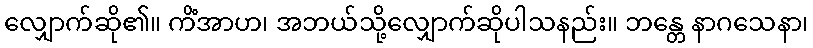
လျှောက်ဆို၏။ ကိံအာဟ၊ အဘယ်သို့လျှောက်ဆိုပါသနည်း။ ဘန္တေ နာဂသေနာ၊